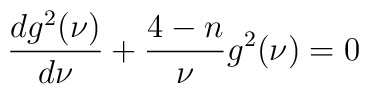
\frac{dg^{2}(\nu)}{d\nu}+\frac{4-n}{\nu}g^{2}(\nu)=0